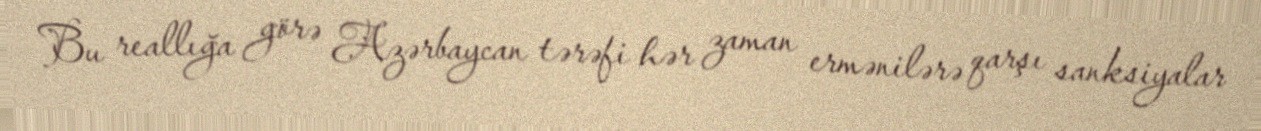
Bu reallığa görə Azərbaycan tərəfi hər zaman ermənilərə qarşı sanksiyalar